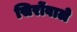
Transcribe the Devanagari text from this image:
सिरोंवाले